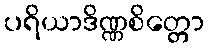
ပရိယာဒိဏ္ဏစိတ္တော